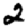
Digit: 2